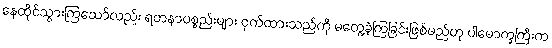
နေထိုင်သွားကြသော်လည်း ရတနာပစ္စည်းများ ဝှက်ထားသည်ကို မတွေ့ခဲ့ကြခြင်းဖြစ်မည်ဟု ပါမောက္ခကြီးက